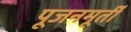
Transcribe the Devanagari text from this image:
पूजनमूर्ती